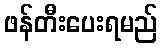
ဖန်တီးပေးရမည်